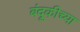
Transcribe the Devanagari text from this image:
बंदूकीच्या